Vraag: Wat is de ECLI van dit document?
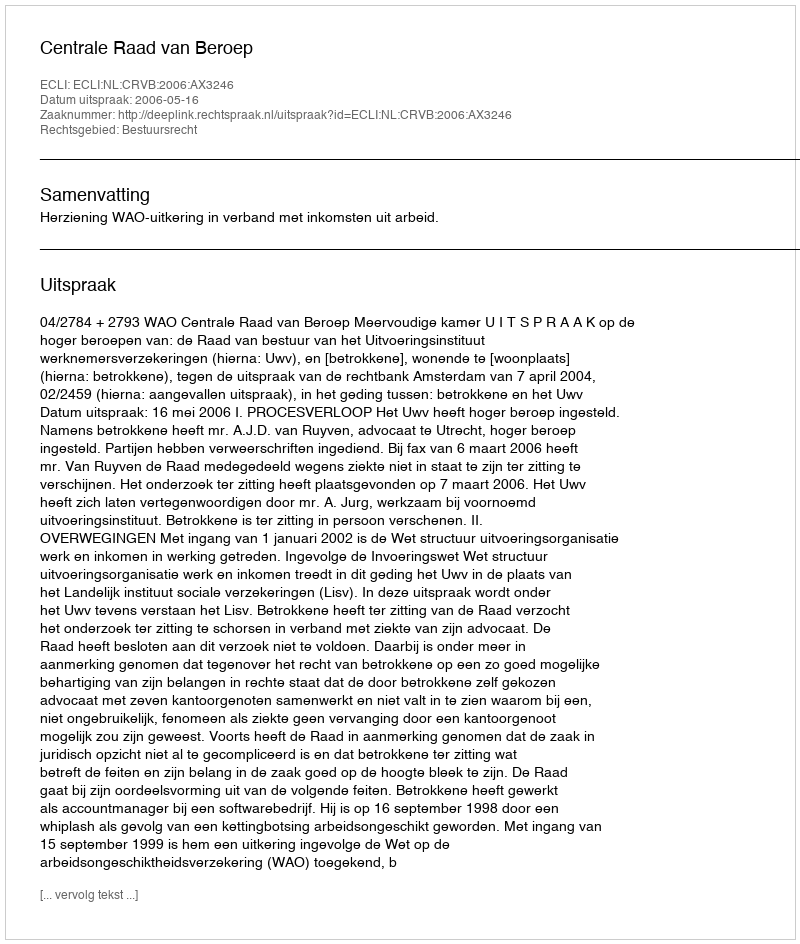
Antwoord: ECLI:NL:CRVB:2006:AX3246